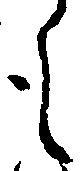
も